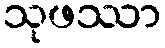
သုဖဿာ